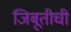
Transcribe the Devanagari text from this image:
जिबूतीची